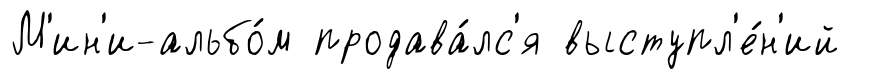
М'ин'и-альбо́м продава́лс'я выступл'е́н'ий